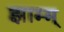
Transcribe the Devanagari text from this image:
झाम्म्